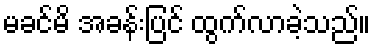
မခင်မိ အခန်းပြင် ထွက်လာခဲ့သည်။